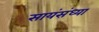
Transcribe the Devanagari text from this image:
सायंसंध्या